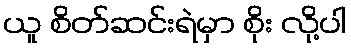
ယူ စိတ်ဆင်းရဲမှာ စိုး လို့ပါ